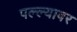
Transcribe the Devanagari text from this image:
पल्ल्यावर